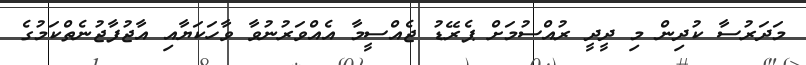
މަދަރުސާ ކުދިން މި ދީދީ ރުއްސުމަށް ޕެރޭޑު ޖެއްސީމާ އެއްވަރުނުވާ ވާހަކަޔާއި އާޖުފާޖުނެތްކަމުގެ